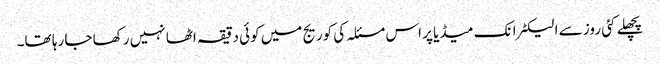
پچھلے کئی روز سے الیکٹرانک میڈیا پر اس مسئلہ کی کوریج میں کوئی دقیقہ اٹھا نہیں رکھا جا رہا تھا۔